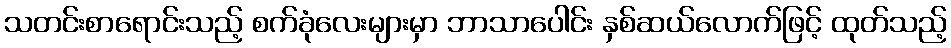
သတင်းစာရောင်းသည့် စက်ခုံလေးများမှာ ဘာသာပေါင်း နှစ်ဆယ်လောက်ဖြင့် ထုတ်သည့်